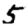
Digit: 5